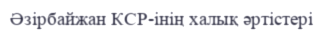
Әзірбайжан КСР-інің халық әртістері